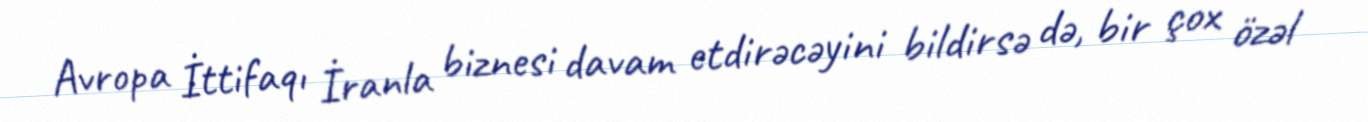
Avropa İttifaqı İranla biznesi davam etdirəcəyini bildirsə də, bir çox özəl